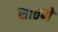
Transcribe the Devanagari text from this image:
साठणे